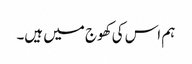
ہم اس کی کھوج میں ہیں۔